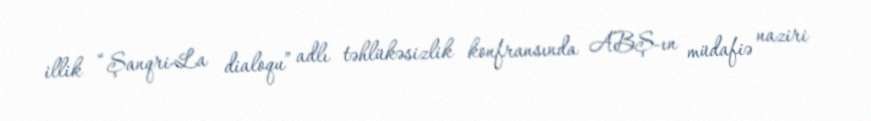
illik “Şanqri-La dialoqu” adlı təhlükəsizlik konfransında ABŞ-ın müdafiə naziri